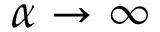
\alpha \to \infty